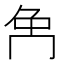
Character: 𠕗